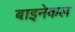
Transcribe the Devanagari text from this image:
बाइनेकल